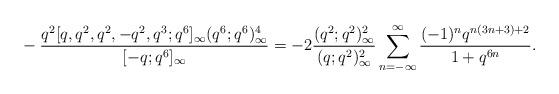
LaTeX: \begin{align*}&-\frac{q^2[q,q^2,q^2,-q^2,q^3;q^6]_\infty(q^6;q^6)^4_\infty}{[-q;q^6]_\infty}=-2\frac{(q^2;q^2)_\infty^2}{(q;q^2)_\infty^2}\sum_{n=-\infty}^\infty \frac{(-1)^nq^{n(3n+3)+2}}{1+q^{6n}}.\end{align*}